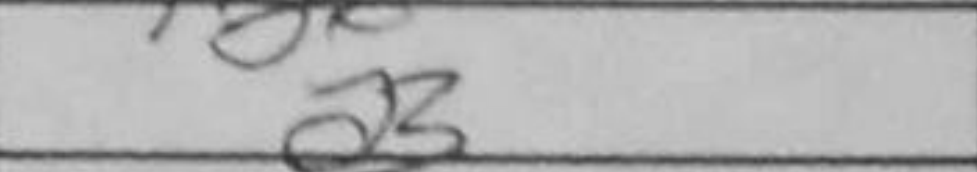
Transcription: a3